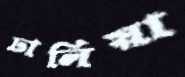
ঢালিয়া